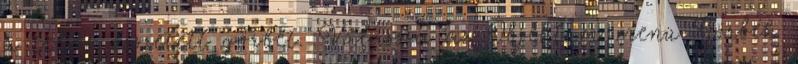
a teljes összetett görbét. Válassza az Objektum menü Görbék